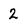
Character: 2